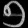
Digit: ၅